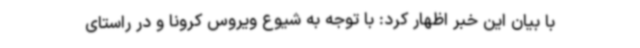
با بیان این خبر اظهار کرد: با توجه به شیوع ویروس کرونا و در راستای